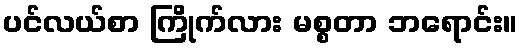
ပင်လယ်စာ ကြိုက်လား မစ္စတာ ဘရောင်း။